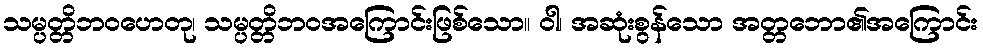
သမ္ပတ္တိဘဝဟေတု၊ သမ္ပတ္တိဘဝအကြောင်းဖြစ်သော။ ဝါ၊ အဆုံးစွန်သော အတ္တဘော၏အကြောင်း